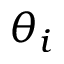
\theta _ { i }